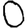
Digit: 0